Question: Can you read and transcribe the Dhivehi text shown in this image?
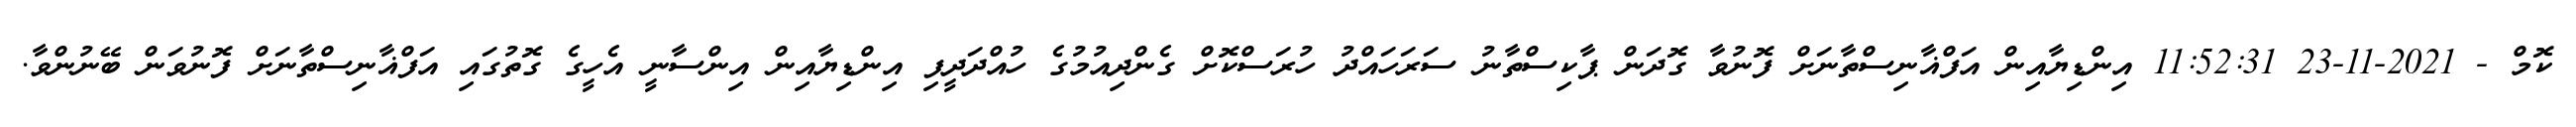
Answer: ކޮމް - 2021-11-23 11:52:31 އިންޑިޔާއިން އަފްޣާނިސްތާނަށް ފޮނުވާ ގޮދަން ޕާކިސްތާނު ސަރަހައްދު ހުރަސްކޮށް ގެންދިއުމުގެ ހުއްދަދީފި އިންޑިޔާއިން އިންސާނީ އެހީގެ ގޮތުގައި އަފްޣާނިސްތާނަށް ފޮނުވަން ބޭނުންވާ.